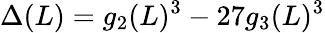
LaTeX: \Delta(L)=g_{2}(L)^{3}-27g_{3}(L)^{3}